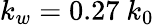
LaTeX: k_{w}=0.27~k_{0}